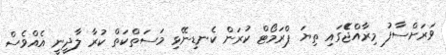
ވަރަށްސާފު މިރާއްޖެެޭގައި ތިޔަ ޕްރަމޯޓް ކުރަން ކެނޑިނޭޅި މަސަތްކަތް ކުރާ ލާދީނީ އެއްވެސް